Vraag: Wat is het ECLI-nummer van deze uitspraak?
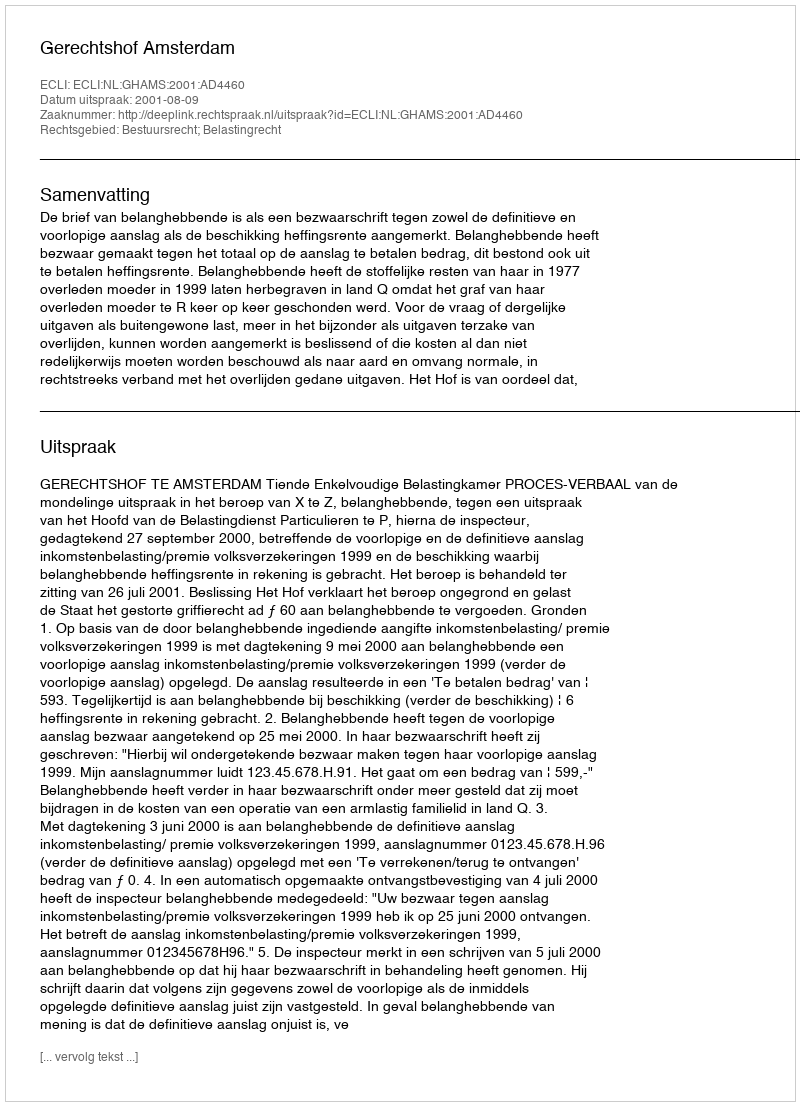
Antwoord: ECLI:NL:GHAMS:2001:AD4460